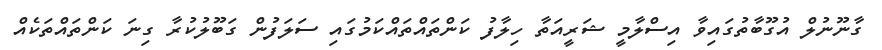
ގާނޫނުލް އުގޫބާތުގައިވާ އިސްލާމީ ޝަރީއަތާ ހިލާފު ކަންތައްތައްކަމުގައި ސަލަފުން ގަބޫލުކުރާ ގިނަ ކަންތައްތަކެއް